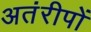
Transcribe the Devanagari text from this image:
अतंरीपों